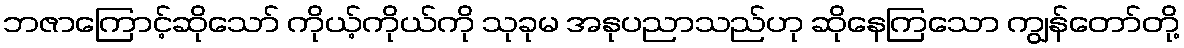
ဘဇာကြောင့်ဆိုသော် ကိုယ့်ကိုယ်ကို သုခုမ အနုပညာသည်ဟု ဆိုနေကြသော ကျွန်တော်တို့